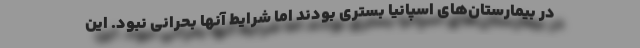
در بیمارستان‌های اسپانیا بستری بودند اما شرایط آنها بحرانی نبود. این